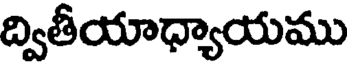
ద్వితీయాధ్యాయము